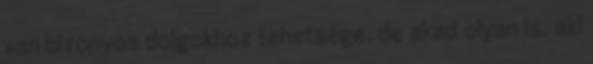
van bizonyos dolgokhoz tehetsége, de akad olyan is, aki